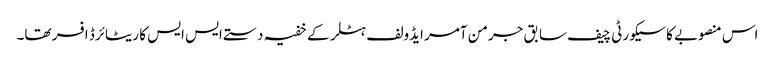
اس منصوبے کا سیکورٹی چیف سابق جرمن آمر ایڈولف ہٹلر کے خفیہ دستے ایس ایس کا ریٹائرڈ افسر تھا۔